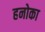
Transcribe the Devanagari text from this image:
हनोका